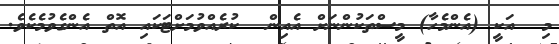
މި  އަކީ (އެންމެހާ) މީސްތަކުންނަށް އެއިން  ކުރެއްވުމަށްޓަކައި އޮތް އެންގެވުމެކެވެ.